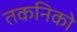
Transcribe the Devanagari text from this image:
तकनिको